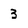
Character: 3